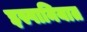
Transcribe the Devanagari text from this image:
इस्पानियात